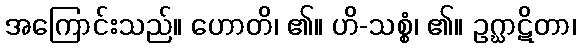
အကြောင်းသည်။ ဟောတိ၊ ၏။ ဟိ-သစ္စွံ၊ ၏။ ဥဂ္ဃာဋိတာ၊